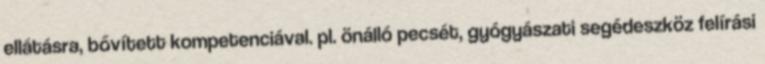
ellátásra, bővített kompetenciával. pl. önálló pecsét, gyógyászati segédeszköz felírási